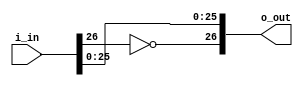
// This program was cloned from: https://github.com/aniketuppin/n-body-gravity-simulator
// License: Apache License 2.0

module fp_neg
(	input [26:0] i_in,
	output [26:0] o_out
);

assign o_out = {~i_in[26], i_in[25:0]};

endmodule